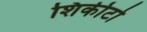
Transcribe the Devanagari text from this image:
शिकीटो